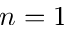
n = 1